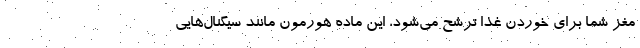
مغز شما برای خوردن غذا ترشح می‌شود، این ماده هورمون مانند سیگنال‌هایی